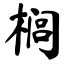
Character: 榈